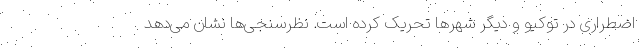
اضطراری در توکیو و دیگر شهرها تحریک کرده است. نظرسنجی‌ها نشان می‌دهد